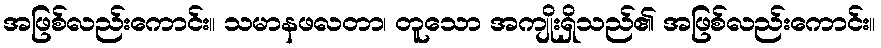
အဖြစ်လည်းကောင်း။ သမာနဖလတာ၊ တူသော အကျိုးရှိသည်၏ အဖြစ်လည်းကောင်း။